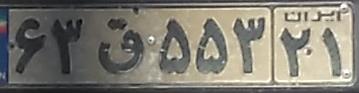
۶۳ق۵۵۳۲۱